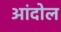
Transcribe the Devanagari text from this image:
आंदोल